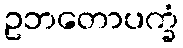
ဥဘတောပက္ခံ